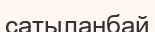
сатыланбай